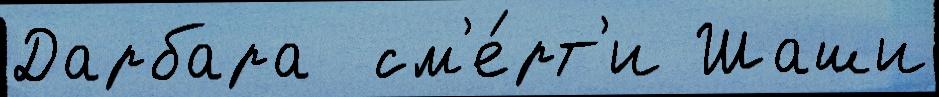
Дарбара  см'е́рт'и Шаши